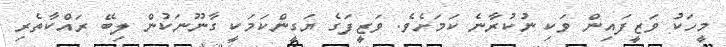
މީހަކު ވަޒީފައިން ވަކި ނުކުރާނެ ކަމަށެވެ. ވަޒީފަގެ ޔަގީންކަމަކީ ގާނޫނަކުން ލިބޭ ރައްކާތެރި